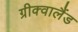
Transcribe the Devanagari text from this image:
ग्रीक्वालैंड